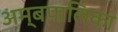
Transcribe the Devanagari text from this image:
अम्बपालिका